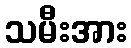
သမီးအား